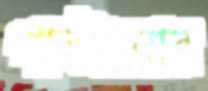
পাল্টানোর